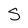
Character: S